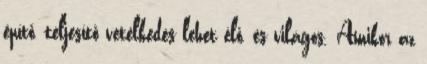
építő, teljesítő vetélkedés lehet élő, és világos. Amikor az